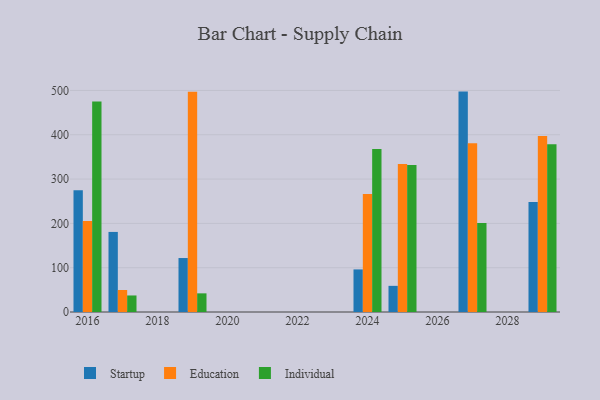
{"axis": {"x": "Year", "y": "Churn Rate (%)"}, "legend": ["Education", "Individual", "Startup"], "data": [{"x": "2027", "y": 497.4, "type": "Startup"}, {"x": "2027", "y": 380.7, "type": "Education"}, {"x": "2027", "y": 201.1, "type": "Individual"}, {"x": "2029", "y": 248.2, "type": "Startup"}, {"x": "2029", "y": 397.1, "type": "Education"}, {"x": "2029", "y": 378.5, "type": "Individual"}, {"x": "2025", "y": 59.0, "type": "Startup"}, {"x": "2025", "y": 334.1, "type": "Education"}, {"x": "2025", "y": 331.9, "type": "Individual"}, {"x": "2017", "y": 180.7, "type": "Startup"}, {"x": "2017", "y": 49.7, "type": "Education"}, {"x": "2017", "y": 37.3, "type": "Individual"}, {"x": "2024", "y": 96.1, "type": "Startup"}, {"x": "2024", "y": 266.4, "type": "Education"}, {"x": "2024", "y": 367.7, "type": "Individual"}, {"x": "2019", "y": 121.8, "type": "Startup"}, {"x": "2019", "y": 497.1, "type": "Education"}, {"x": "2019", "y": 42.1, "type": "Individual"}, {"x": "2016", "y": 274.9, "type": "Startup"}, {"x": "2016", "y": 205.6, "type": "Education"}, {"x": "2016", "y": 475.1, "type": "Individual"}]}